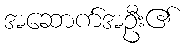
အဆောက်အဦး၏